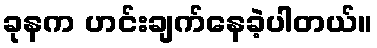
ခုနက ဟင်းချက်နေခဲ့ပါတယ်။